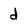
Character: d